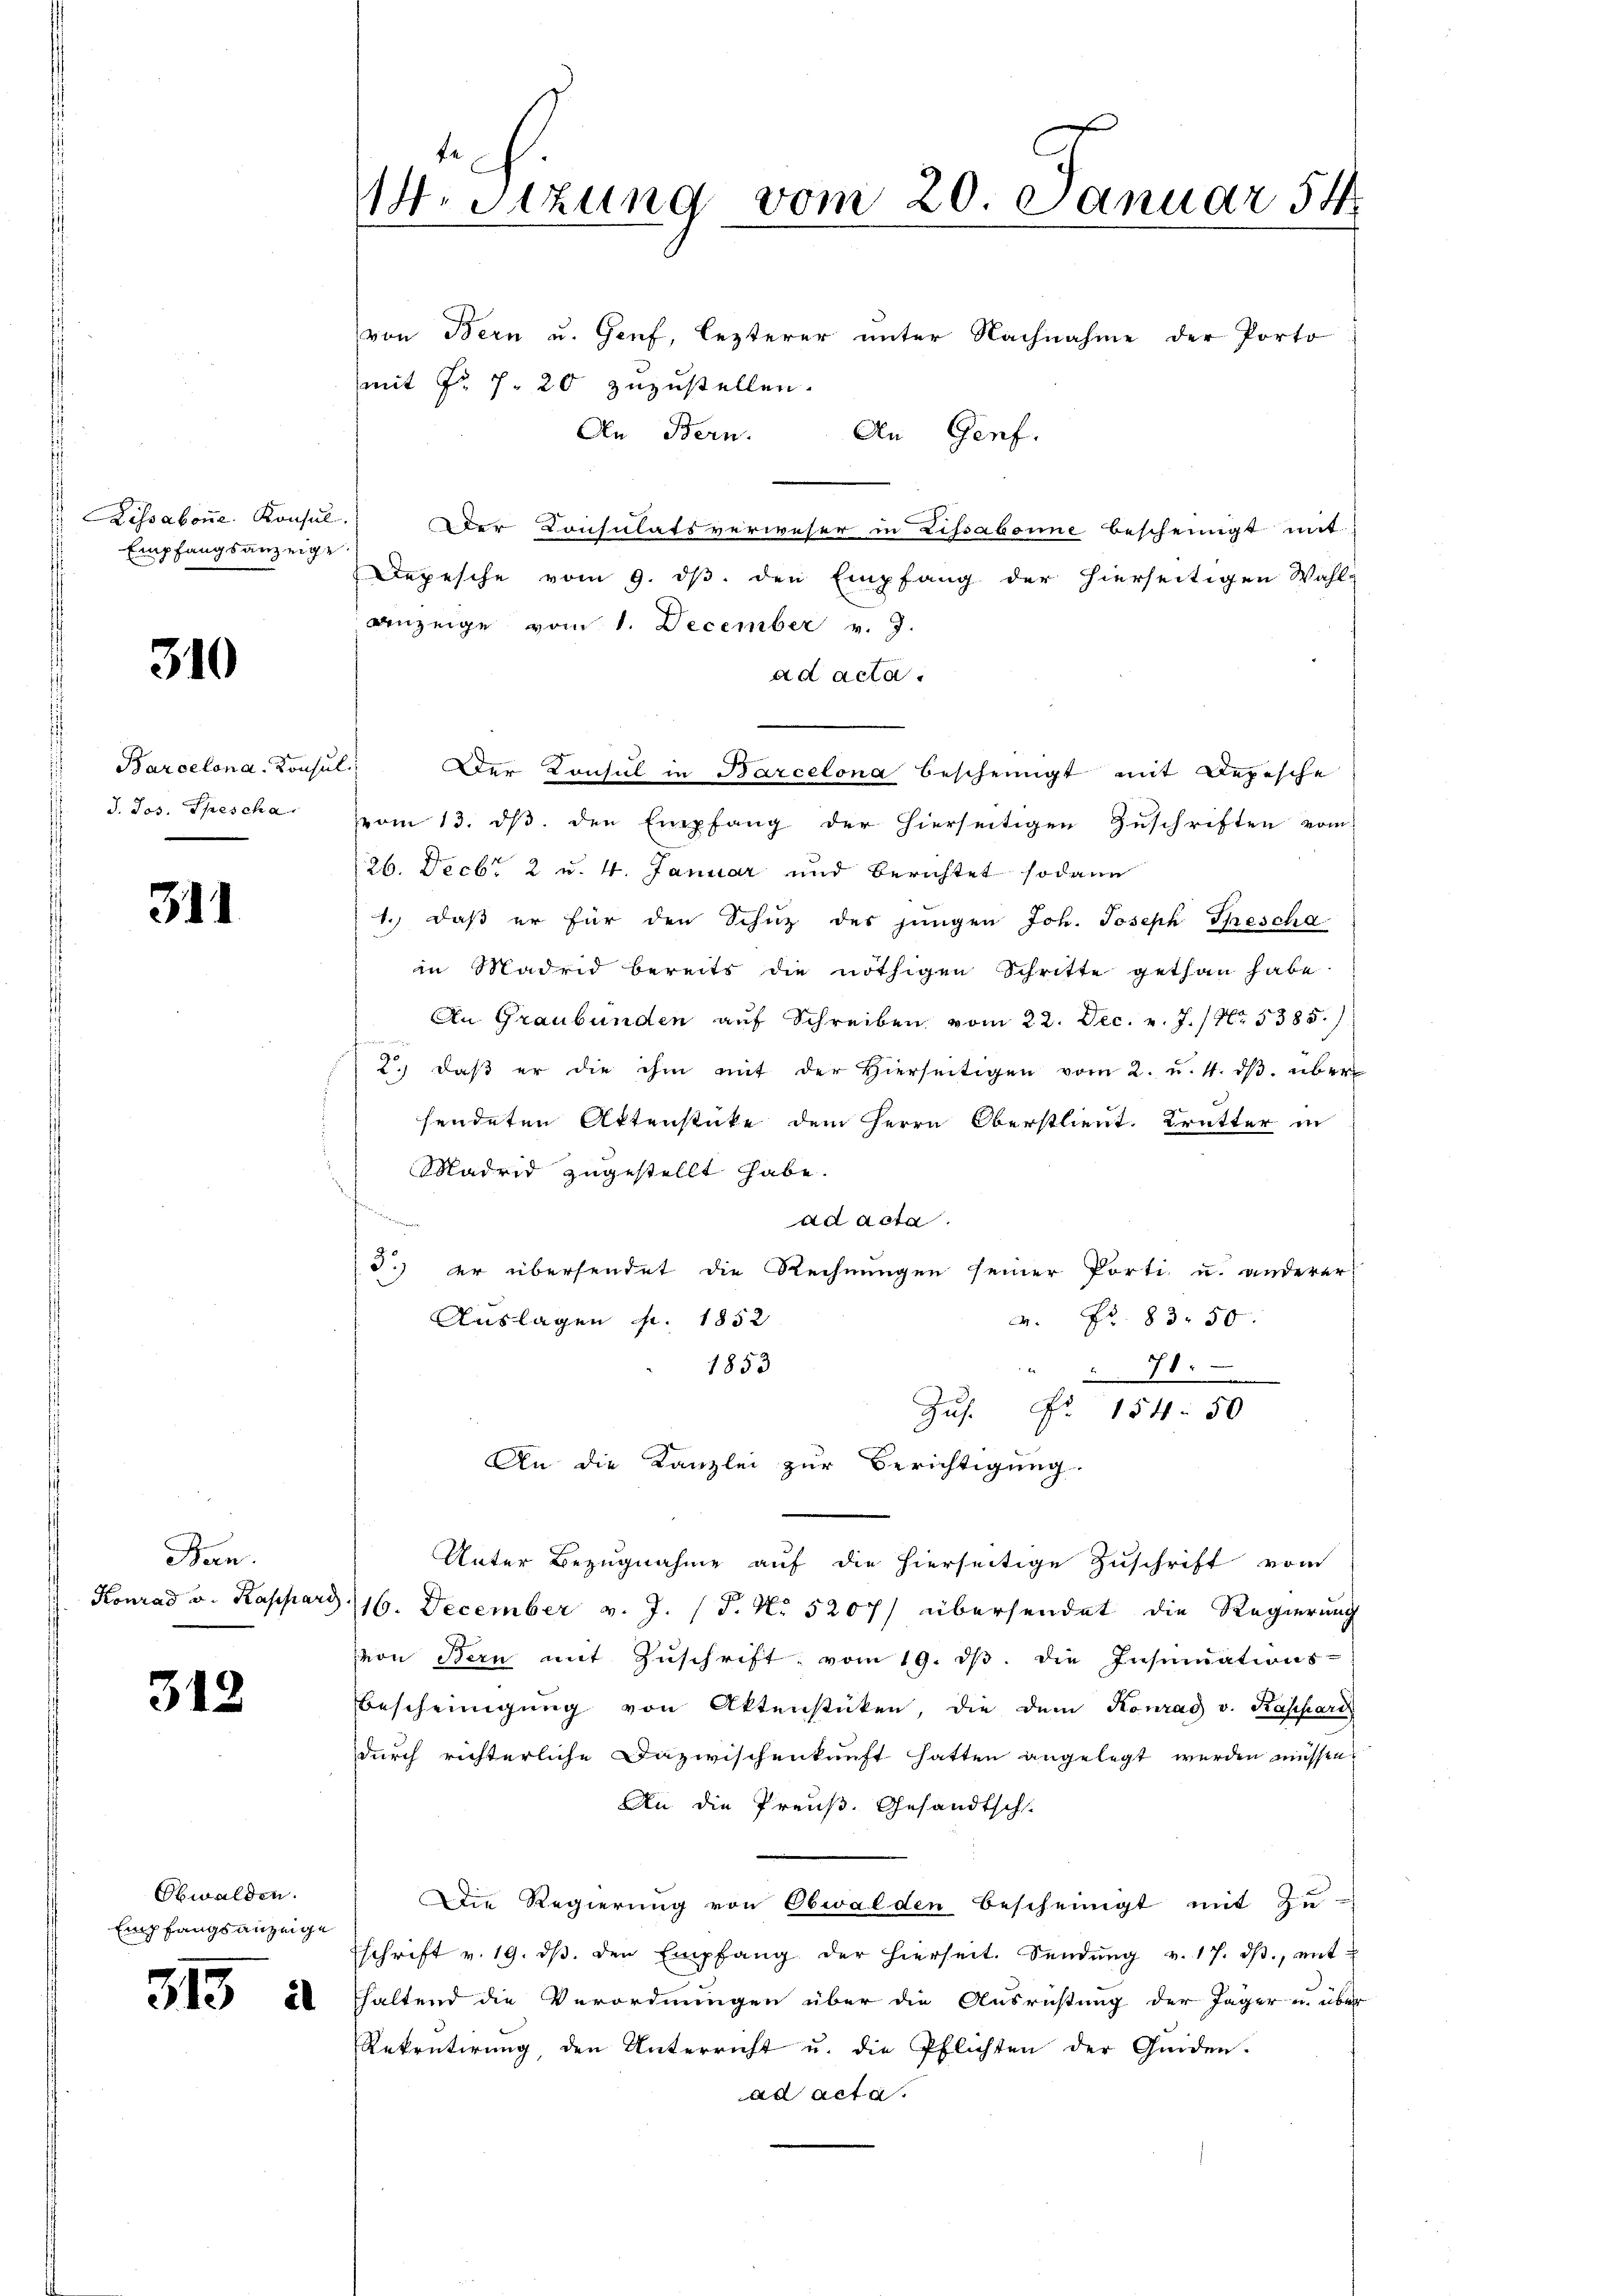
Lissabone. Konsul
Empfangsanzeige

310

Barcelona-Konsul
J. Jos. Spescha

311

Ban.

312

Obwalden.
Empfangsanzeige

von Bern u. Genf, lezterer unter Nachnahme der Porto
mit Fr. 7. 20 zuzustellen.
An Bern. An Genf.
Der Consulatsverweser in Lissabonne bescheinigt mit
Depesche vom 9. ds. den Empfang der hierseitigen Wahl-
Anzeige vom 1. December v. J.
ad acta.
Der Konsul in Barcelona bescheinigt mit Depesche
vom 13. ds. den Empfang der hierseitigen Zuschriften vom
26. Decbr. 2 u. 4. Januar und Berichtet sodann
1.) daß er für den Schuz des jungen Joh. Joseph Thescha
in Madrid bereits die nöthigen Schritte gethan habe.
An Graubünden auf Schreiben vom 22. Dec. v. J. / Nr. 5385.)
2. daβ er die ihm mit der Hierseitigen vom 2. u. 4. dβ über
sendeten Aktenstücke dem Herrn Oberstlieut. Trutter in
Madrid zugestellt habe.
ad acta.
3.) er übersendet die Rechnungen seiner Porti u. anderer
M. Fr. 83. 50.
Auslagen pr. 1852

1853
71.
Zus. Fr. 154. 50
An die Kanzlei zur Berichtigung.
Unter Bezugnahme auf die hierseitige Zuschrift vom
Konrad v. Kappard (16. December v. J. (T. No 5207/ übersendet die Regierung
von Bern mit Zŭschrift vom 19. dβ. die Insinuations-
Bescheinigŭng von Aktenstücken, die dem Konrad v. Kappard
durch richterliche Dazwischenkunft hatten angelegt werden müssen.
An die Preuß. Gesandtsch.
Die Regierung von Obwalden bescheinigt mit Zu-
Eschrift v. 19. dβ. den Empfang der hierseit. Sendŭng v. 17. dβ. mit-
 20 haltend die Verordnungen über die Ausrichtung der Jäger u. über
Rekrutirung, den Unterricht u. die Pflichten der Guiden.
ad acta.

. Sitzung vom 20. Januar 54.